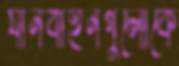
যানবাহনগুলোকে